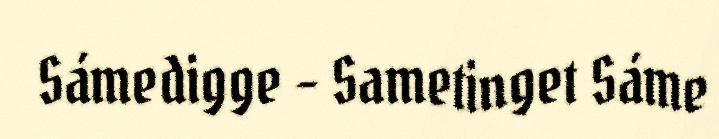
Sámedigge - Sametinget Sáme